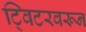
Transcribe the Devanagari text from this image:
ट्विटरवरून